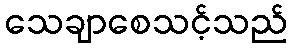
သေချာစေသင့်သည်